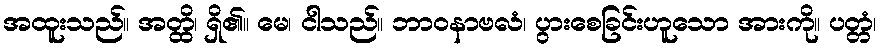
အထူးသည်။ အတ္ထိ၊ ရှိ၏။ မေ၊ ငါသည်။ ဘာဝနာဗလံ၊ ပွားစေခြင်းဟူသော အားကို။ ပတ္တံ၊